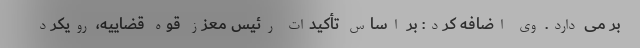
بر می دارد. وی اضافه کرد: بر اساس تأکیدات رئیس معزز قوه قضاییه، رویکرد